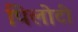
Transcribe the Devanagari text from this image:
पिलोटी